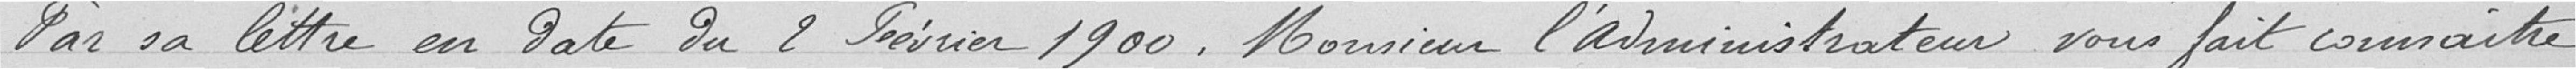
Par sa lettre en date du 2 février 1900, Monsieur l'administrateur vous fait connaître